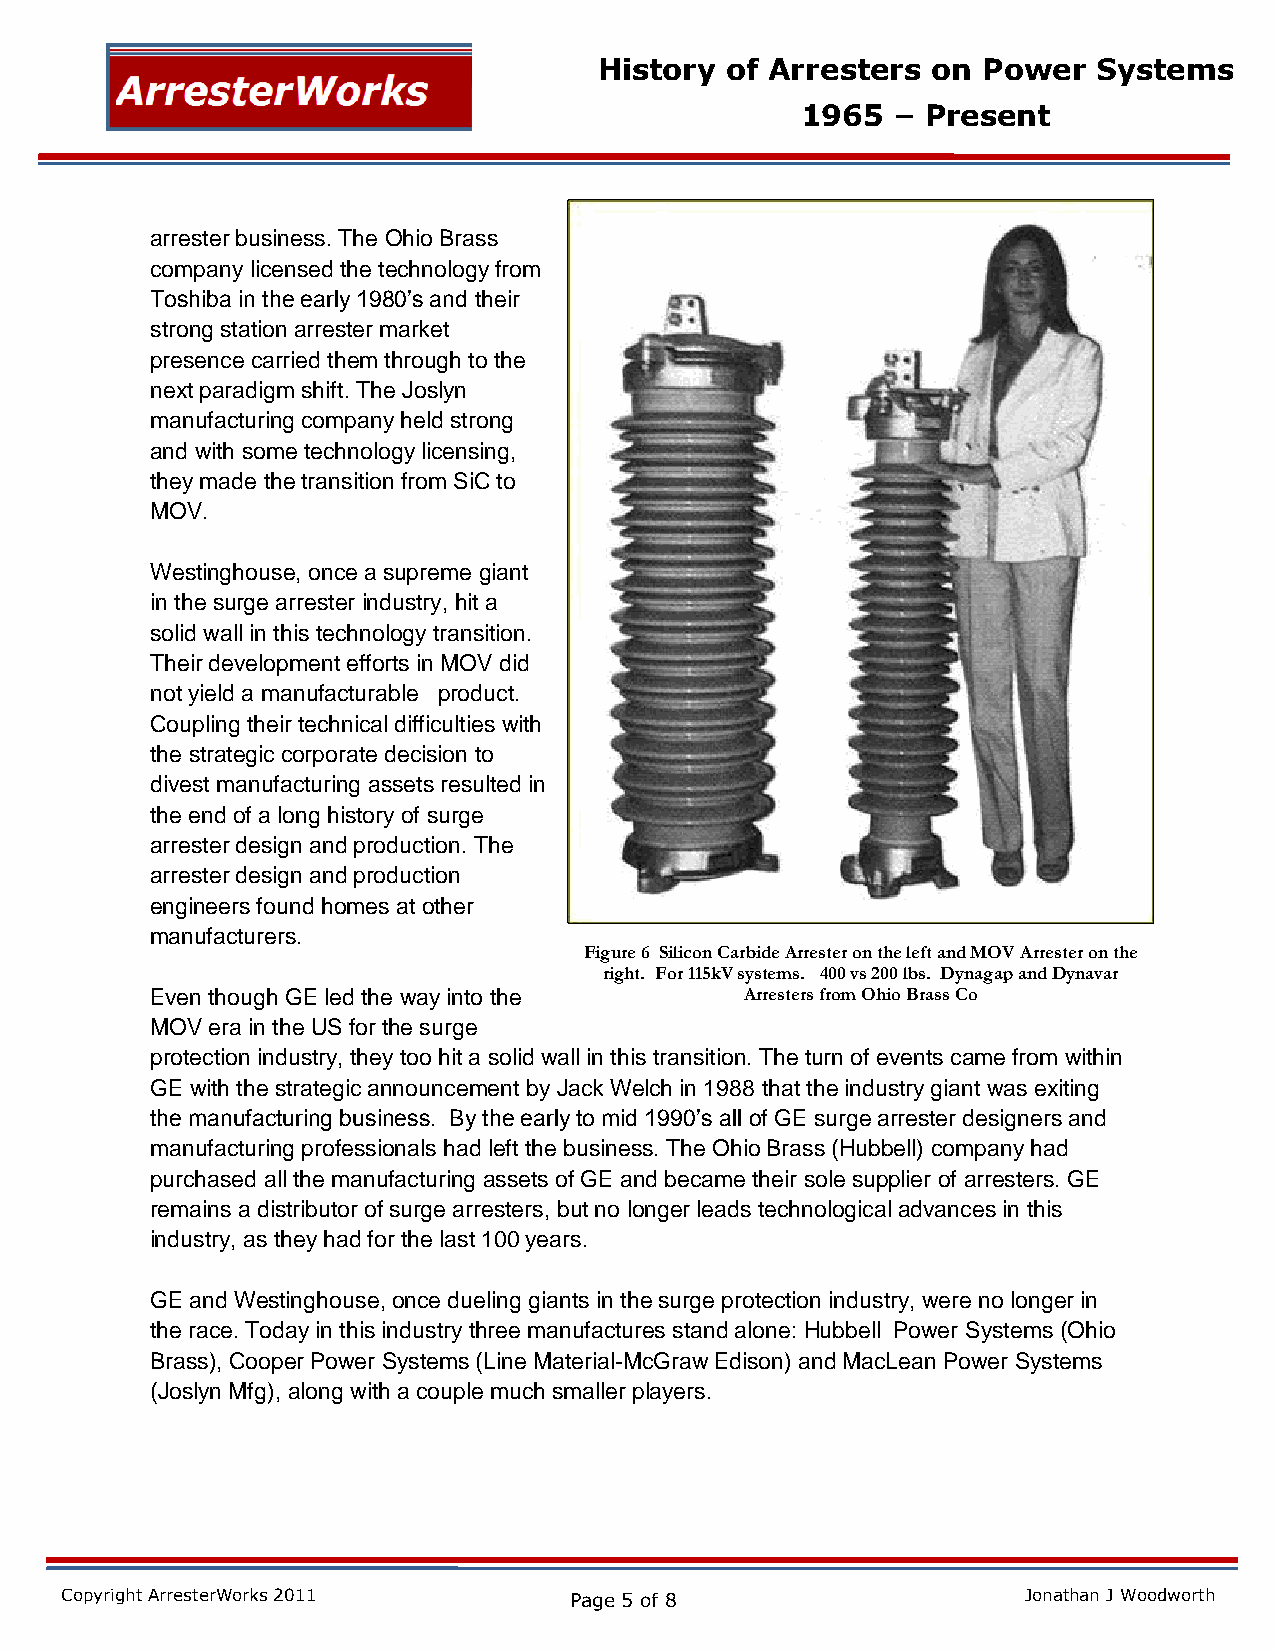
History of Arresters  on Power   Systems
 1965  – Present
 arrester business. The Ohio Brass
 company licensed the technology from
 Toshiba in the early 1980’s and their
 strong station arrester market
 presence carried them through to the
 next paradigm shift. The Joslyn
 manufacturing company held strong
 and with some technology licensing,
 they made the transition from SiC to
 MOV.
 Westinghouse, once a supreme giant
 in the surge arrester industry, hit a
 solid wall in this technology transition.
 Their development efforts in MOV did
 not yield a manufacturable product.
 Coupling their technical difficulties with
 the strategic corporate decision to
 divest manufacturing assets resulted in
 the end of a long history of surge
 arrester design and production. The
 arrester design and production
 engineers found homes at other
 manufacturers.
 Figure 6 Silicon Carbide Arrester on the left and MOV Arrester on the
 right. For 115kV systems. 400 vs 200 lbs. Dynagap and Dynavar
 Even though GE led the way into the    Arresters from Ohio Brass Co
 MOV era in the US for the surge
 protection industry, they too hit a solid wall in this transition. The turn of events came from within
 GE with the strategic announcement by Jack Welch in 1988 that the industry giant was exiting
 the manufacturing business. By the early to mid 1990’s all of GE surge arrester designers and
 manufacturing professionals had left the business. The Ohio Brass (Hubbell) company had
 purchased all the manufacturing assets of GE and became their sole supplier of arresters. GE
 remains a distributor of surge arresters, but no longer leads technological advances in this
 industry, as they had for the last 100 years.
 GE and Westinghouse, once dueling giants in the surge protection industry, were no longer in
 the race. Today in this industry three manufactures stand alone: Hubbell Power Systems (Ohio
 Brass), Cooper Power Systems (Line Material-McGraw Edison) and MacLean Power Systems
 (Joslyn Mfg), along with a couple much smaller players.
 Copyright ArresterWorks 2011      Page 5 of 8                   Jonathan J Woodworth